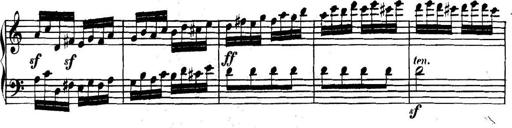
Title: Collected Piano Sonatas
Composer: Muzio Clementi